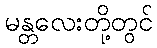
မန္တလေးတို့တွင်